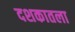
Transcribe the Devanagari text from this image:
दशकातला